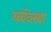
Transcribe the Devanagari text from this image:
र्थ्व्यवस्था